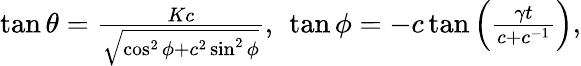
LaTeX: \begin{array}{r}{\tan\theta=\frac{Kc}{\sqrt{\cos^{2}\phi+c^{2}\sin^{2}\phi}},~\tan\phi=-c\tan\left(\frac{\gamma t}{c+c^{-1}}\right),}\end{array}